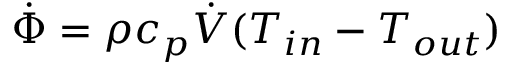
\dot { \Phi } = \rho c _ { p } \dot { V } ( T _ { i n } - T _ { o u t } )